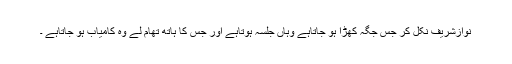
نوازشریف نکل کر جس جگہ کھڑا ہو جاتاہے وہاں جلسہ ہوتاہے اور جس کا ہاتھ تھام لے وہ کامیاب ہو جاتاہے ۔